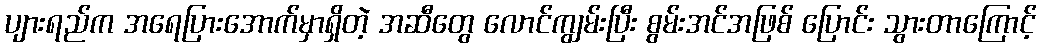
ပျားရည်က အရေပြားအောက်မှာရှိတဲ့ အဆီတွေ လောင်ကျွမ်းပြီး စွမ်းအင်အဖြစ် ပြောင်း သွားတာကြောင့်